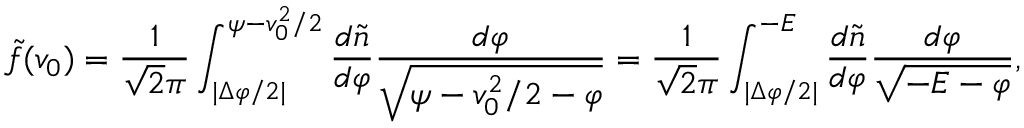
\tilde { f } ( v _ { 0 } ) = { \frac { 1 } { \sqrt { 2 } \pi } } \int _ { | \Delta \varphi / 2 | } ^ { { \psi } - v _ { 0 } ^ { 2 } / 2 } { \frac { d \tilde { n } } { d \varphi } } { \frac { d \varphi } { \sqrt { { \psi } - v _ { 0 } ^ { 2 } / 2 - \varphi } } } = { \frac { 1 } { \sqrt { 2 } \pi } } \int _ { | \Delta \varphi / 2 | } ^ { - { \cal E } } { \frac { d \tilde { n } } { d \varphi } } { \frac { d \varphi } { \sqrt { - { \cal E } - \varphi } } } ,